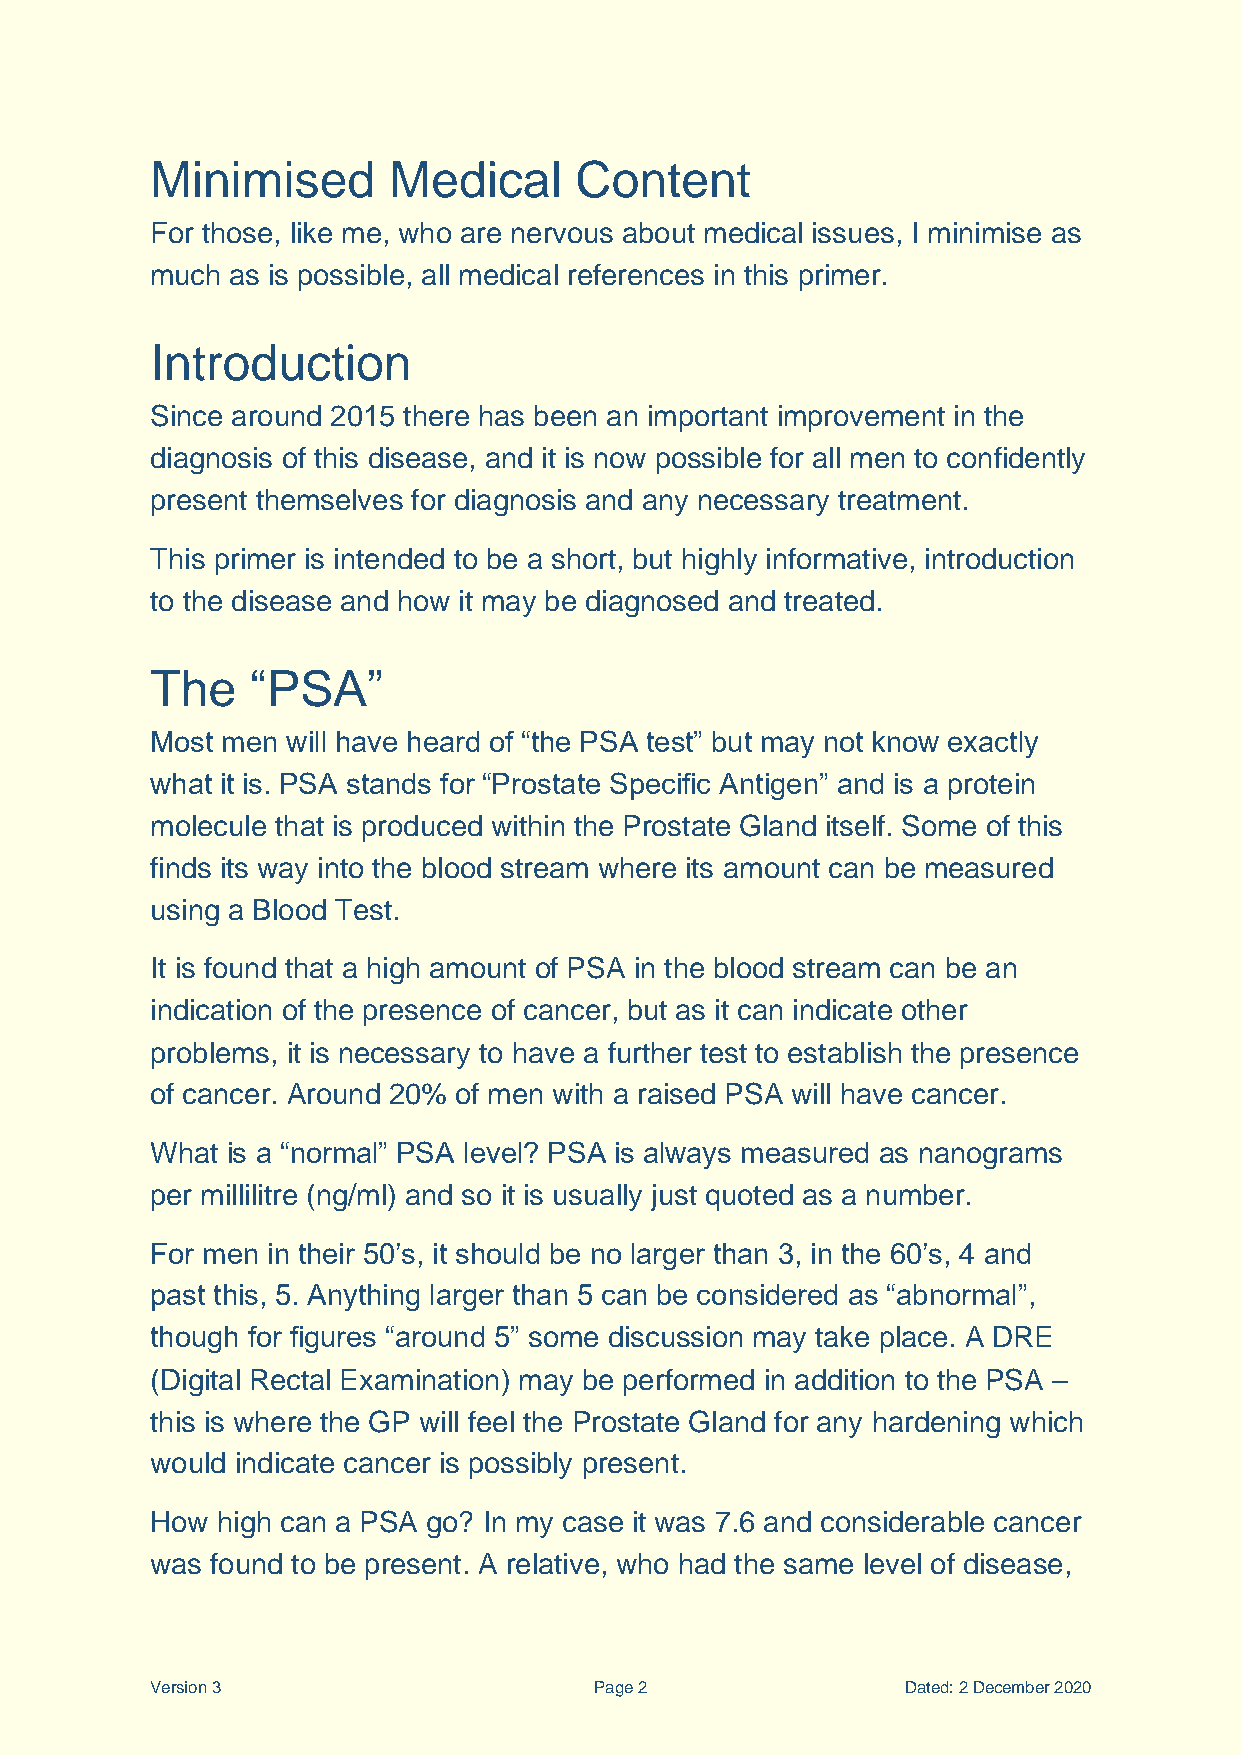
Minimised       Medical     Content
 For those, like me, who are nervous about medical issues, I minimise as
 much as is possible, all medical references in this primer.
 Introduction
 Since around 2015 there has been an important improvement in the
 diagnosis of this disease, and it is now possible for all men to confidently
 present themselves for diagnosis and any necessary treatment.
 This primer is intended to be a short, but highly informative, introduction
 to the disease and how it may be diagnosed and treated.
 The    “PSA”
 Most men will have heard of “the PSA test” but may not know exactly
 what it is. PSA stands for “Prostate Specific Antigen” and is a protein
 molecule that is produced within the Prostate Gland itself. Some of this
 finds its way into the blood stream where its amount can be measured
 using a Blood Test.
 It is found that a high amount of PSA in the blood stream can be an
 indication of the presence of cancer, but as it can indicate other
 problems, it is necessary to have a further test to establish the presence
 of cancer. Around 20% of men with a raised PSA will have cancer.
 What is a “normal” PSA level? PSA is always measured as nanograms
 per millilitre (ng/ml) and so it is usually just quoted as a number.
 For men in their 50’s, it should be no larger than 3, in the 60’s, 4 and
 past this, 5. Anything larger than 5 can be considered as “abnormal”,
 though for figures “around 5” some discussion may take place. A DRE
 (Digital Rectal Examination) may be performed in addition to the PSA –
 this is where the GP will feel the Prostate Gland for any hardening which
 would indicate cancer is possibly present.
 How high can a PSA go? In my case it was 7.6 and considerable cancer
 was found to be present. A relative, who had the same level of disease,
 Version 3                    Page 2               Dated: 2 December 2020